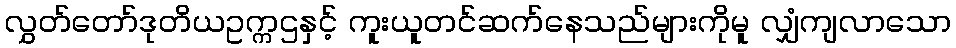
လွှတ်တော်ဒုတိယဥက္ကဌနှင့် ကူးယူတင်ဆက်နေသည်များကိုမူ လျှံကျလာသော